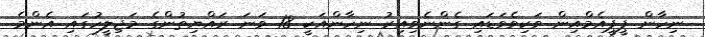
ނިހާން ޕީޕީއެމްއިން ވަކިވެވަޑައި ގެންނެވިއިރު ނިހާންއަކީ 18 ވަނަ ރައްޔިތުންގެ މަޖިލީހުގައި އެންމެ